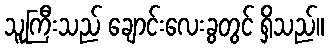
သူကြီးသည် ချောင်းလေးခွတွင် ရှိသည်။